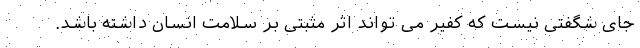
جای شگفتی نیست که کفیر می تواند اثر مثبتی بر سلامت انسان داشته باشد.